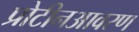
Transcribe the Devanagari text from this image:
प्रोटीनआवरण